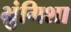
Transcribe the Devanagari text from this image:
भ्रुंगिशा